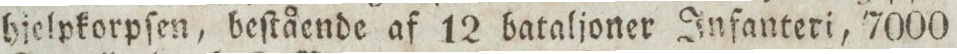
hjelpkorpſen, beſtående af 12 bataljoner Infanteri, 7000